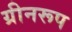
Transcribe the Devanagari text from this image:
ग्रीनरूप